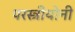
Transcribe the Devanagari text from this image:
परस्त्रीयोनी